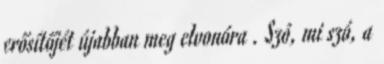
erősítőjét újabban meg elvonóra . Szó, mi szó, a